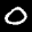
Label: 0